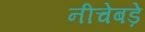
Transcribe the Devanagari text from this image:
नीचेबड़े